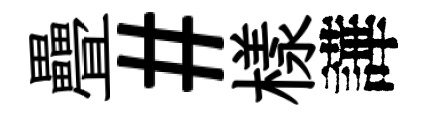
疊#樣譁